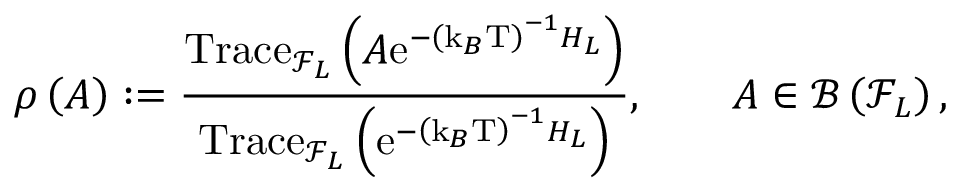
\rho \left( A \right) : = \frac { \mathrm { T r a c e } _ { \mathcal { F } _ { L } } \left( A \mathrm { e } ^ { - \left( \mathrm { k } _ { B } \mathrm { T } \right) ^ { - 1 } H _ { L } } \right) } { \mathrm { T r a c e } _ { \mathcal { F } _ { L } } \left( \mathrm { e } ^ { - \left( \mathrm { k } _ { B } \mathrm { T } \right) ^ { - 1 } H _ { L } } \right) } , \qquad A \in \mathcal { B } \left( \mathcal { F } _ { L } \right) ,